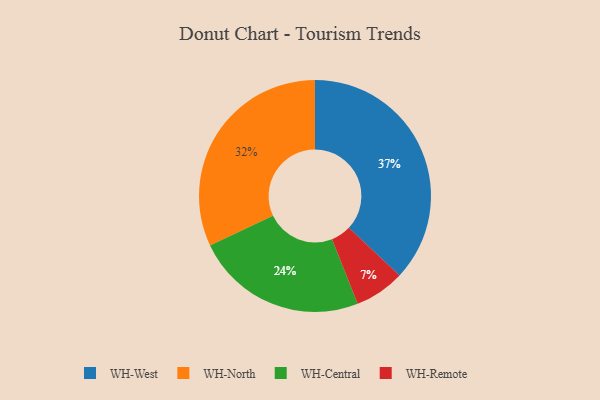
{"axis": {"x": "Category", "y": "Percentage"}, "legend": ["WH-Central", "WH-North", "WH-Remote", "WH-West"], "data": [{"x": "WH-Remote", "y": 7, "type": "WH-Remote"}, {"x": "WH-North", "y": 32, "type": "WH-North"}, {"x": "WH-Central", "y": 24, "type": "WH-Central"}, {"x": "WH-West", "y": 37, "type": "WH-West"}]}